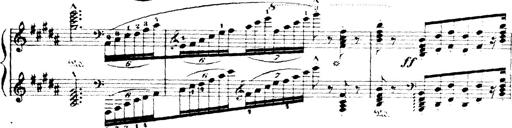
Title: Wagner-Liszt Album
Composer: Franz Liszt